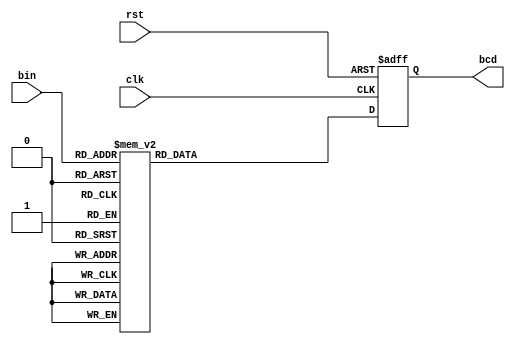
`timescale 1ns / 1ps

module bianry_to_BCD(clk, rst, bin, bcd);

input clk, rst;
input [3:0] bin;
output reg [7:0] bcd;

always @(negedge rst or posedge clk) begin
    if(!rst) begin
        bcd <= {4'd0, 4'd0};
    end
    else begin
        case (bin)
            0 : bcd <= {4'd0, 4'd0};
            1 : bcd <= {4'd0, 4'd1};
            2 : bcd <= {4'd0, 4'd2};
            3 : bcd <= {4'd0, 4'd3};
            4 : bcd <= {4'd0, 4'd4};
            5 : bcd <= {4'd0, 4'd5};
            6 : bcd <= {4'd0, 4'd6};
            7 : bcd <= {4'd0, 4'd7};
            8 : bcd <= {4'd0, 4'd8};
            9 : bcd <= {4'd0, 4'd9};
            10 : bcd <= {4'd1, 4'd0};
            11 : bcd <= {4'd1, 4'd1};
            12 : bcd <= {4'd1, 4'd2};
            13 : bcd <= {4'd1, 4'd3};
            14 : bcd <= {4'd1, 4'd4};
            15 : bcd <= {4'd1, 4'd5};
            default : bcd <= {4'd0, 4'd0};
        endcase
    end
end


endmodule